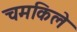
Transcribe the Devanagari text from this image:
चमकिले